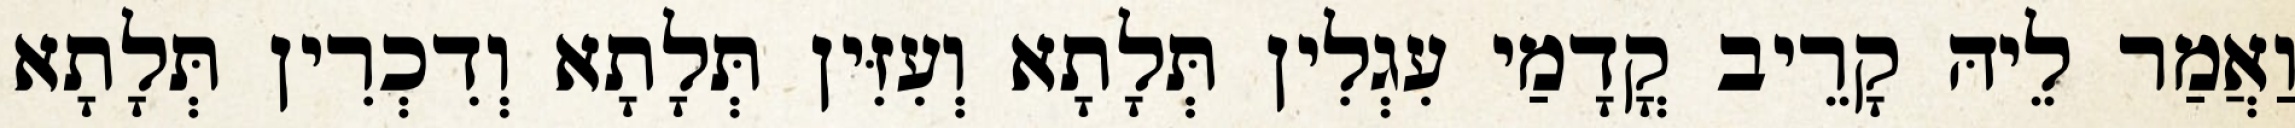
וַאֲמַר לֵיהּ קָרֵיב קֳדָמַי עִגְלִין תְּלָתָא וְעִזִּין תְּלָתָא וְדִכְרִין תְּלָתָא